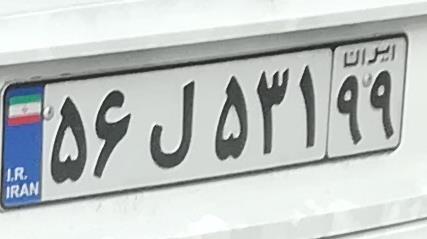
۵۶ل۵۳۱۹۹